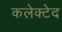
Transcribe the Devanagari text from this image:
कलेक्टेद